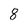
Character: 8